Indian journal of veterinary science and animal husbandry - Volumes 26-27, 1956-1957
Year: 1956
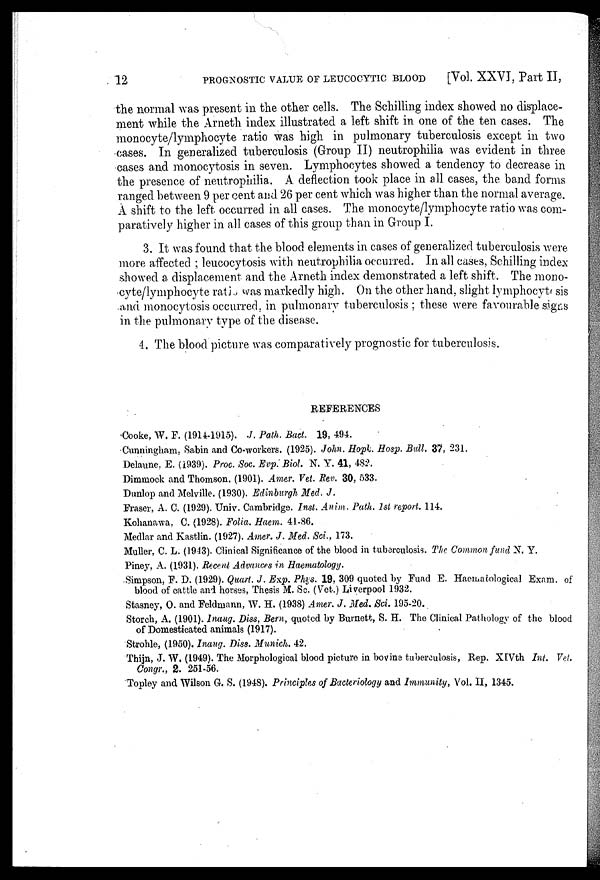
12
PROGNOSTIC VALUE OF LEUCOCYTIC BLOOD
[Vol. XXVI, Part II,
the normal was present in the other cells. The Schilling index showed no displace-
ment while the Arneth index illustrated a left shift in one of the ten cases. The
monocyte/lymphocyte ratio was high in pulmonary tuberculosis except in two
cases. In generalized tuberculosis (Group II) neutrophilia was evident in three
cases and monocytosis in seven. Lymphocytes showed a tendency to decrease in
the presence of neutrophilia. A deflection took place in all cases, the band forms
ranged between 9 per cent and 26 per cent which was higher than the normal average.
A shift to the left occurred in all cases. The monocyte/lymphocyte ratio was com-
paratively higher in all cases of this group than in Group I.
3. It was found that the blood elements in cases of generalized tuberculosis were
more affected ; leucocytosis with neutrophilia occurred. In all cases. Schilling index
showed a displacement and the Arneth index demonstrated a left shift. The mono-
cyte/lymphocyte ratio was markedly high. On the other hand, slight lymphocyte sis
and monocytosis occurred, in pulmonary tuberculosis ; these were favourable signs
in the pulmonary type of the disease.
4. The blood picture was comparatively prognostic for tuberculosis.
REFERENCES
Cooke, W. F. (1914-1915). J. Path. Bact. 19, 494.
Cunningham, Sabin and Co-workers. (1925). John. Hopk. Hosp. Bull. 37, 231.
Delaune, E. (1939). Proc. Soc. Evp. Biol. N. Y. 41, 482.
Dimmock and Thomson. (1901). Amer. Vet. Rev. 30, 533.
Dunlop and Melville. (1930). Edinburgh Med. J.
Fraser, A. C. (1929). Univ. Cambridge. Inst. Anim. Path. 1st report. 114.
Kohanawa, C. (1928). Folia. Haem. 41.86.
Medlar and Kastlin. (1927). Amer. J. Med. Sci., 173.
Muller, C. L. (1943). Clinical Significance of the blood in tuberculosis. The Common fund N. Y.
Piney, A. (1931). Recent Advances in Haematology.
Simpson, F. D. (1929). Quart. J. Exp. Phys. 19, 309 quoted by Fuad E. Haeiuacological Exam. of
blood of cattle and horses, Thesis M. Sc. (Vet.) Liverpool 1932.
Stasney, O. and Feldmann, W. H. (1938) Amer. J. Med. Sci. 195-20.
Storeh, A. (1901). Inaug. Diss, Bern, quoted by Burnett, S. H. The Clinical Pathology of the blood
of Domesticated animals (1917).
Strohle, (1950). Inang. Diss. Munich. 42.
Thijn, J. W. (1949). The Morphological blood picture in bovine tuberculosis, Rep. XIVth Int. Vet.
Congr., 2. 251-56.
Topley and Wilson G. S. (1948). Principles of Bacteriology and Immunity, Vol. II, 1345.